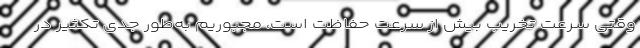
وقتی سرعت تخریب بیش از سرعت حفاظت است، مجبوریم به‌طور جدی تکثیر در